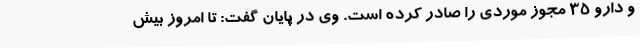
و دارو ۳۵ مجوز موردی را صادر کرده است. وی در پایان گفت: تا امروز بیش